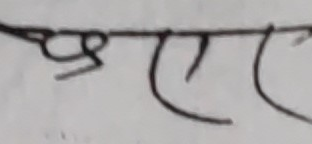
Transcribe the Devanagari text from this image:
प्रेयर